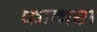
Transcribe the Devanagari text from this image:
कानरा